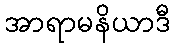
အာရာမနိယာဒီ